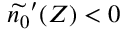
\widetilde { n _ { 0 } } ^ { \prime } ( Z ) < 0